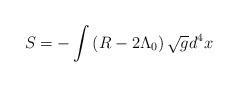
\begin{align*}S=-\int \left( R-2\Lambda _{0}\right) \sqrt{g}d^{4}x\end{align*}